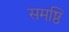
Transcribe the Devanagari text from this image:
समष्ठि